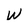
Character: W